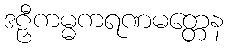
ဒဠှီကမ္မကရဏမတ္တေန